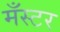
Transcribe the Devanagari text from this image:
मँस्टर